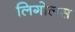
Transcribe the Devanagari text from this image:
लिगोलस